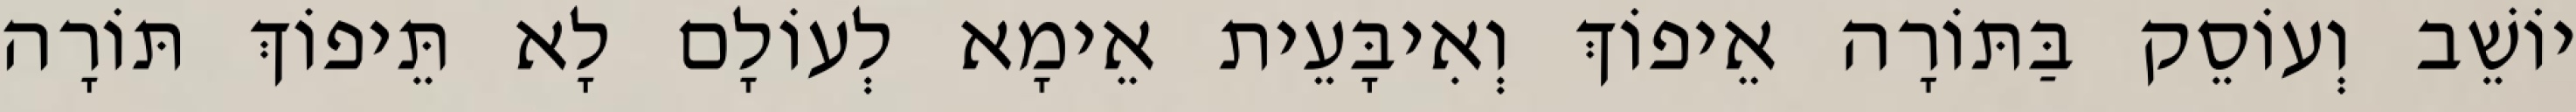
יוֹשֵׁב וְעוֹסֵק בַּתּוֹרָה אֵיפוֹךְ וְאִיבָּעֵית אֵימָא לְעוֹלָם לָא תֵּיפוֹךְ תּוֹרָה